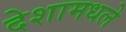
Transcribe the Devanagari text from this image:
देशामधले